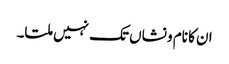
ان کا نام و نشاں تک نہیں ملتا۔